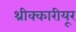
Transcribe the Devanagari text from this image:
थ्रीक्कारीयूर